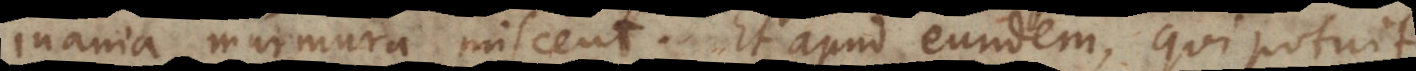
inania murmura miscent. Et apud eundem, qui potuit